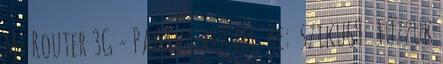
Mi Router 3G - Padavanra fel Re: sziku69: Fűzzük